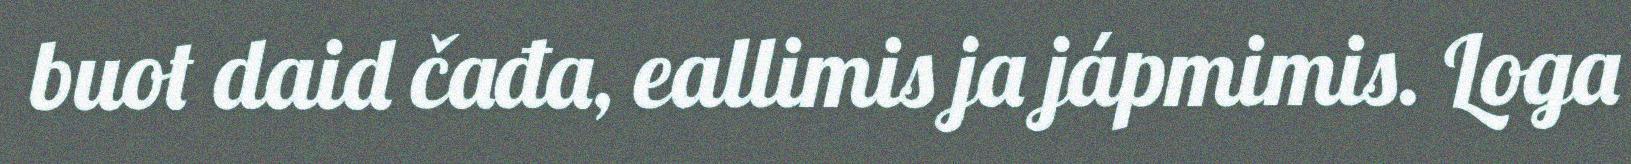
buot daid čađa, eallimis ja jápmimis. Loga